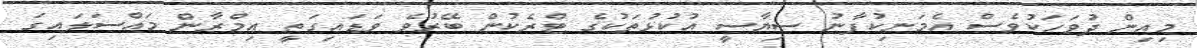
މިއިން ދުވަހަކުވެސް އެމަނިކުފާނު ސިޔާސީ އުކުޅުތަކުގެ ޓްރެކުން ބޭރުވެ ވަޑައިގަތީ ޢިމްރާން މައްސަލައިގަ